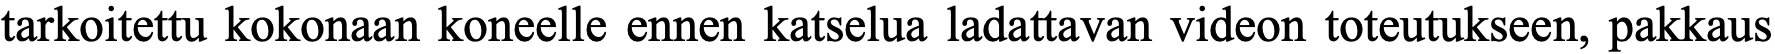
tarkoitettu kokonaan koneelle ennen katselua ladattavan videon toteutukseen, pakkaus